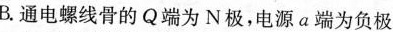
B.通电螺线骨的Q端为N极，电源a端为负极